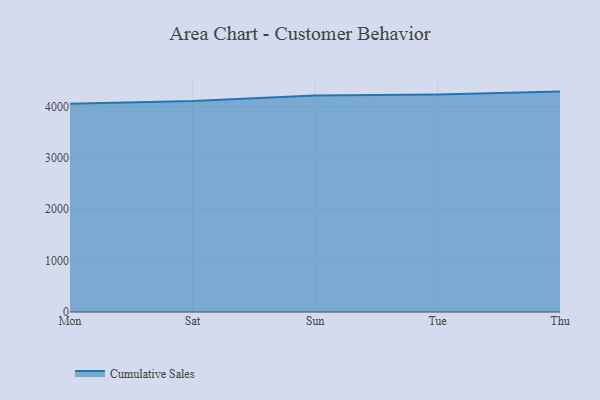
{"axis": {"x": "Day", "y": "Headcount"}, "legend": ["Cumulative Sales"], "data": [{"x": "Mon", "y": 4051.1, "type": "Cumulative Sales"}, {"x": "Sat", "y": 4104.9, "type": "Cumulative Sales"}, {"x": "Sun", "y": 4211.7, "type": "Cumulative Sales"}, {"x": "Tue", "y": 4235.7, "type": "Cumulative Sales"}, {"x": "Thu", "y": 4289.8, "type": "Cumulative Sales"}]}